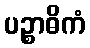
ပဉ္စာဓိကံ